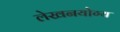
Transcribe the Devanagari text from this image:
लेखनयोग्य